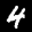
Label: 4